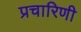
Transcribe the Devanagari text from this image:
प्रचारिणी